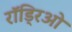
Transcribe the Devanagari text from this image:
रॉड्रिओ